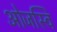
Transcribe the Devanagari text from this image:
ओजस्वि